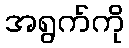
အရွက်ကို